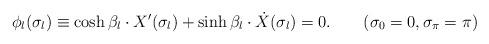
LaTeX: \begin{align*} \phi _l(\sigma _l) \equiv \cosh \beta_l \cdot X'(\sigma _l) + \sinh \beta_l \cdot \dot{X} (\sigma _l) = 0. \qquad (\sigma_0=0, \sigma_\pi=\pi )\end{align*}